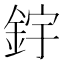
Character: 𨦦